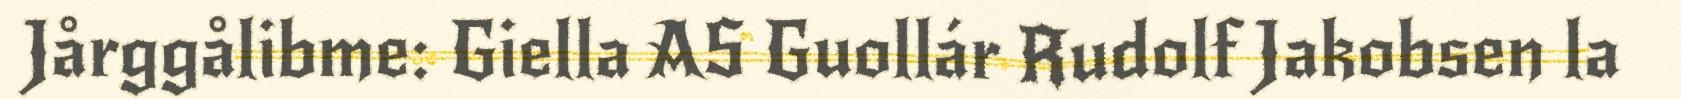
Jårggålibme: Giella AS Guollár Rudolf Jakobsen la